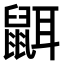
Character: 𪕔